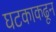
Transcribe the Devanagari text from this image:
घटकाकढून